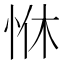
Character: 恘